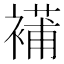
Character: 𧜿